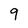
Character: 9